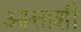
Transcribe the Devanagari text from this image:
आत्ताशी